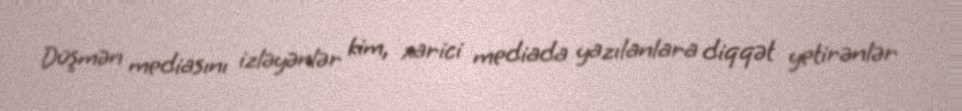
Düşmən mediasını izləyənlər kim, xarici mediada yazılanlara diqqət yetirənlər